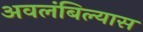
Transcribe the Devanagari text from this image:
अवलंबिल्यास